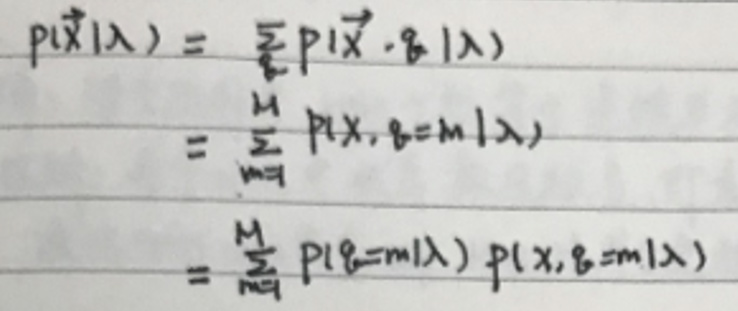
\begin{align*}
p(\vec{x}|\lambda) &= \frac{1}{N}p(\vec{x},\vec{\beta}|\lambda)\\
&= \frac{1}{N}\sum_{m = 1}^{M}p(x,\vec{\beta}=m|\lambda)\\
&= \frac{1}{N}\sum_{m = 1}^{M}p(\vec{\beta}=m|\lambda)p(x,\vec{\beta}=m|\lambda)
\end{align*}